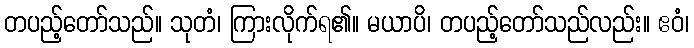
တပည့်တော်သည်။ သုတံ၊ ကြားလိုက်ရ၏။ မယာပိ၊ တပည့်တော်သည်လည်း။ ဧဝံ၊